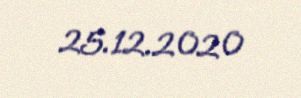
25.12.2020